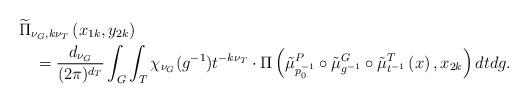
LaTeX: \begin{align*}\begin{multlined}[t][12.5cm]\widetilde{\Pi}_{\nu_{G},k\nu_{T}}\left(x_{1k},y_{2k}\right)\\=\frac{d_{\nu_{G}}}{(2\pi)^{d_{T}}}\int_{G}\int_{T}\chi_{\nu_{G}}(g^{-1})t^{-k\nu_{T}}\cdot\Pi\left(\tilde{\mu}^{P}_{p_{0}^{-1}}\circ\tilde{\mu}^{G}_{g^{-1}}\circ\tilde{\mu}^{T}_{t^{-1}}\left(x\right), x_{2k}\right)dtdg.\end{multlined}\end{align*}